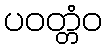
ပဝတ္တံဝ